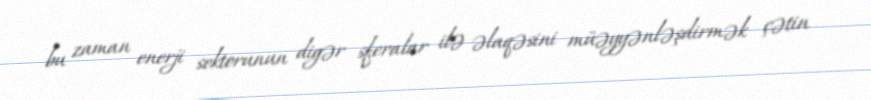
bu zaman enerji sektorunun digər sferalar ilə əlaqəsini müəyyənləşdirmək çətin